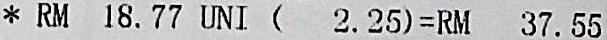
* RM 18.77 UNI ( 2.25)=RM 37.55